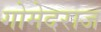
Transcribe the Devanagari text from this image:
गोमेदराज